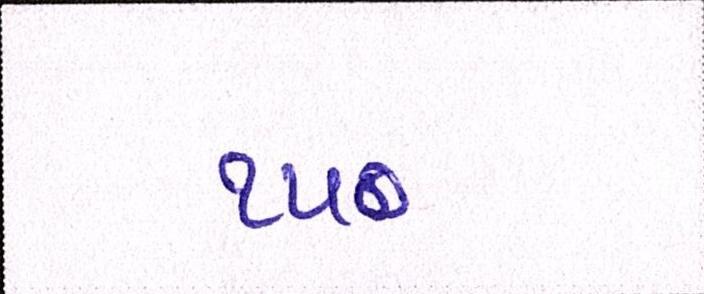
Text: ૧૫૦